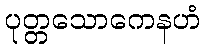
ပုတ္တသောကေနဟံ